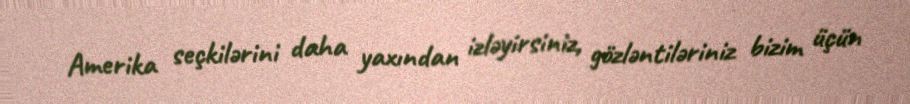
Amerika seçkilərini daha yaxından izləyirsiniz, gözləntiləriniz bizim üçün